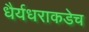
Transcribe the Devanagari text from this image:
धैर्यधराकडेच